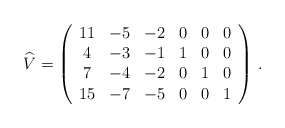
\begin{align*} \widehat{V}=\left( \begin{array}{cccccc} 11 & -5 & -2 & 0 & 0 & 0\\ 4 & -3 & -1 & 1 & 0 & 0\\ 7 & -4 & -2 & 0 & 1 & 0\\ 15 & -7 & -5 & 0 & 0 & 1\\ \end{array} \right)\,.\end{align*}